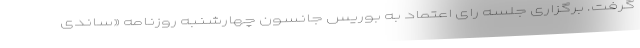
گرفت. برگزاری جلسه رای اعتماد به بوریس جانسون چهارشنبه روزنامه «ساندی